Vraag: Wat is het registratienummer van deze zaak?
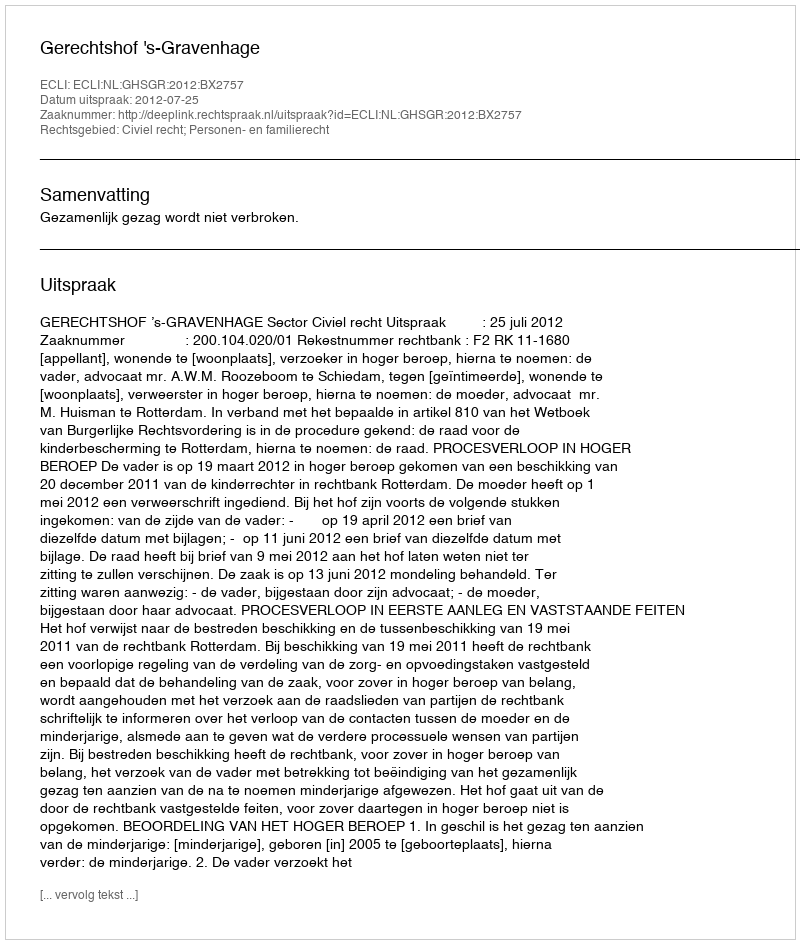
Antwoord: http://deeplink.rechtspraak.nl/uitspraak?id=ECLI:NL:GHSGR:2012:BX2757